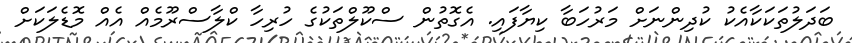
ބަދަލުތަކަކާއެކު ކުދިންނަށް މަރުހަބާ ކިޔާފައި. އެގޮތުން ސްކޫލްތަކުގެ ހުރިހާ ކްލާސްރޫމެއް އެއް މޮޑެލަކަށް